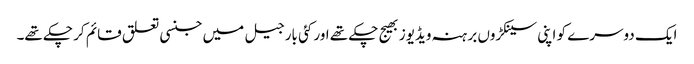
ایک دوسرے کو اپنی سینکڑوں برہنہ ویڈیوز بھیج چکے تھے اور کئی بار جیل میں جنسی تعلق قائم کر چکے تھے۔